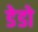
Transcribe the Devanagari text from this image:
डेडो